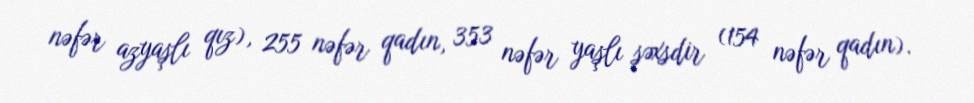
nəfər azyaşlı qız), 255 nəfər qadın, 353 nəfər yaşlı şəxsdir (154 nəfər qadın).